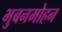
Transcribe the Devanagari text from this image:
भुबनमोहन